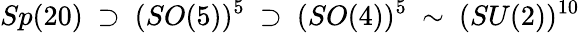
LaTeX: Sp(20)~\supset~(SO(5))^{5}~\supset~(SO(4))^{5}~\sim~(SU(2))^{10}